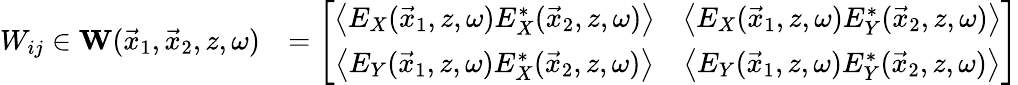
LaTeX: \begin{array}{rl}{W_{ij}\in{\mathbf W}(\vec{x}_{1},\vec{x}_{2},z,\omega)}&{=\left[\begin{array}{cc}{\left\langle E_{X}(\vec{x}_{1},z,\omega)E_{X}^{*}(\vec{x}_{2},z,\omega)\right\rangle}&{\left\langle E_{X}(\vec{x}_{1},z,\omega)E_{Y}^{*}(\vec{x}_{2},z,\omega)\right\rangle}\\ {\left\langle E_{Y}(\vec{x}_{1},z,\omega)E_{X}^{*}(\vec{x}_{2},z,\omega)\right\rangle}&{\left\langle E_{Y}(\vec{x}_{1},z,\omega)E_{Y}^{*}(\vec{x}_{2},z,\omega)\right\rangle}\end{array}\right]}\end{array}